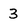
Character: 3